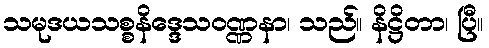
သမုဒယသစ္စနိဒ္ဒေသဝဏ္ဏနာ၊ သည်။ နိဋ္ဌိတာ၊ ပြီ။